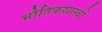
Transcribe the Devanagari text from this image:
भौतिकशास्त्रों